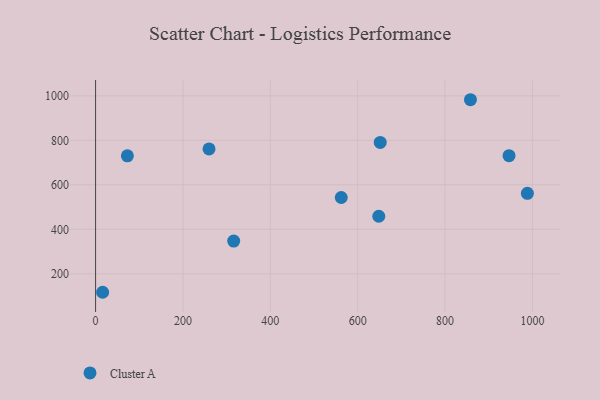
{"axis": {"x": "Speed", "y": "Exam Score"}, "legend": ["Cluster A"], "data": [{"x": "72.8", "y": 730.4, "type": "Cluster A"}, {"x": "988.5", "y": 561.9, "type": "Cluster A"}, {"x": "316.2", "y": 347.3, "type": "Cluster A"}, {"x": "259.7", "y": 761.5, "type": "Cluster A"}, {"x": "562.4", "y": 543.1, "type": "Cluster A"}, {"x": "16.1", "y": 116.9, "type": "Cluster A"}, {"x": "651.6", "y": 790.5, "type": "Cluster A"}, {"x": "858.2", "y": 982.6, "type": "Cluster A"}, {"x": "946.5", "y": 731.0, "type": "Cluster A"}, {"x": "648.3", "y": 458.6, "type": "Cluster A"}]}